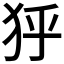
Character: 𤝘